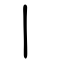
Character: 丨